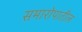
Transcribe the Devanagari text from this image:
समारोपातील